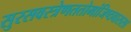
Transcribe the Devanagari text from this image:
सुरसवस्त्रेणततोमांजिष्ठवाससा